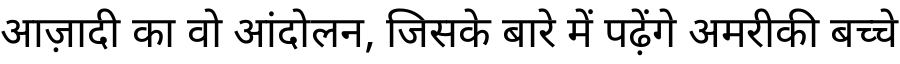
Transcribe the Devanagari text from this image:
आज़ादी का वो आंदोलन, जिसके बारे में पढ़ेंगे अमरीकी बच्चे